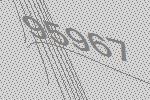
95967